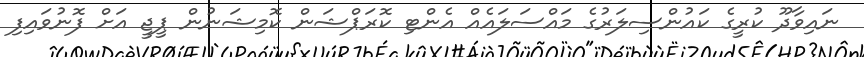
ނައިވާދޫ ކުރީގެ ކައުންސިލަރުގެ މައްސަލައެއް އެންޓި ކޮރަޕްޝަން ކޮމިޝަނުން ޕީޖީ އަށް ފޮނުވައިފި